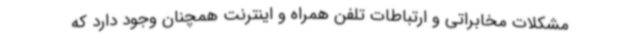
مشکلات مخابراتی و ارتباطات تلفن همراه و اینترنت همچنان وجود دارد که